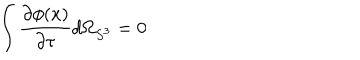
\int \frac { \partial \phi ( x ) } { \partial \tau } d \Omega _ { S ^ { 3 } } = 0